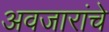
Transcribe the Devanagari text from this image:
अवजारांचे